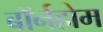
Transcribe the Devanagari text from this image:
बॉर्नहोम